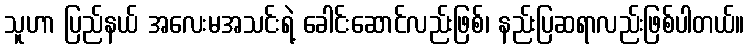
သူဟာ ပြည်နယ် အလေးမအသင်းရဲ့ ခေါင်းဆောင်လည်းဖြစ်၊ နည်းပြဆရာလည်းဖြစ်ပါတယ်။